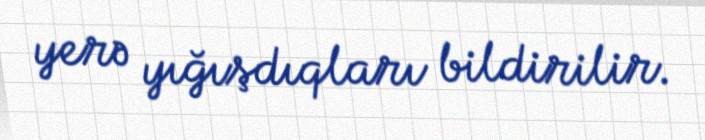
yerə yığışdıqları bildirilir.